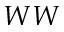
W W